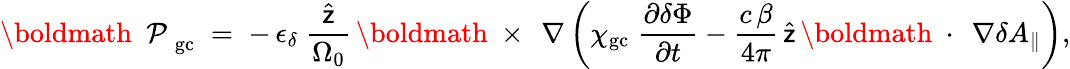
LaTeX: \mathrm{\boldmath~\cal~P~}_{\mathrm{gc}}\; =\; -\, \epsilon_{\delta}\; \frac{\widehat{\sf z}}{\Omega_{0}}\, \mathrm{\boldmath~\times~}\, \nabla\left(\chi_{\mathrm{gc}}\; \frac{\partial\delta\Phi}{\partial t}-\frac{c\, \beta}{4\pi}\, \widehat{\sf z}\, \mathrm{\boldmath~\cdot~}\, \nabla\delta A_{\| }\right),